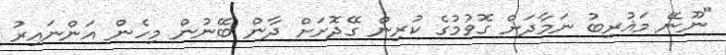
"ނޫނޭ މަޣުރިބު ނަމާދަށް ގޮވުމުގެ ކުރިން ގޭދޮށަށް ދާން ބޭނުން މިހެން އަންނައިރު